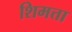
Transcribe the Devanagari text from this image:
शिमत्ता